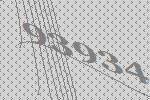
93934